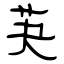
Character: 芵